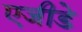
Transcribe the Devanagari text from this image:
एजीडे